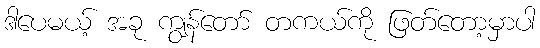
ဒါပေမယ့် အခု ကျွန်တော် တကယ်ကို ဖြတ်တော့မှာပါ